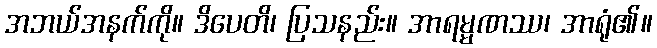
အဘယ်အနက်ကို။ ဒိပေတိ၊ ပြသနည်း။ အာရမ္မဏဿ၊ အာရုံ၏။